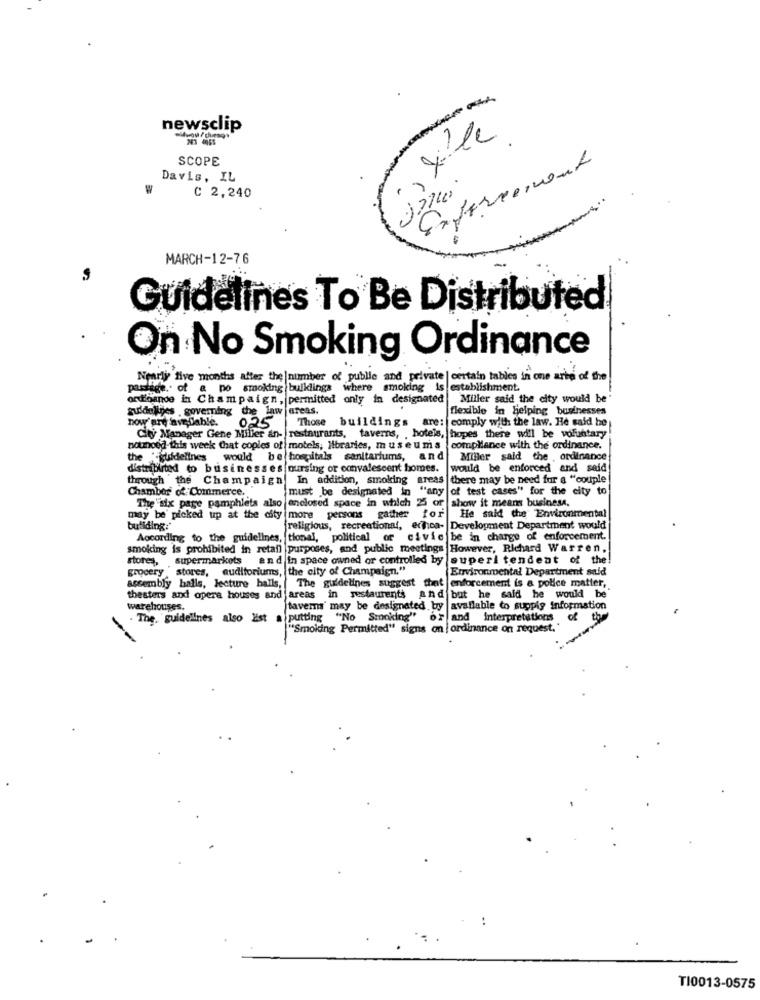
-
newsclip
243 4065
SCOPE
Enforcement
Davis, IL
C 2,240
MARCH-12-76
Guidelines To Be Distributed
On No Smoking Ordinance
Nearly five months after the number of public and private | certain tables in one arbe of the
pastige. of a po smoking bulklings
where smoking is
establishment.
ordinance in Champaign, permitted
only in designated Miller said the city would be
guidelines . governing the law areas.
flexible in Helping businesses
how'are avedlable.
Those buildings
are: comply with the law. He said he
025
City Manager Gene Miller an- restaurants, taverns, , hotels, hopes there will be voluntary
nounced-this week Chat copies of motels, Hbraries, museums
compliance with the ordinance.
the "guidelines would
be hospitals sanitariums, and
Miller said the , ordinance
distribited to businesses nursing or convalescent homes.
would be enforced and said
through the Champaign
In addition, smoking areas
there may be need fur a "couple
Chamber of Commerce.
must be designated in
"any of test cases" for the city to
The"six page pamphlets also enclosed space in which 25 or
show it means business.
may be' picked up at the city more persons gather for
He said the Environmental
buliding:
religious, recreational, echea- Development Department would
According to the guidelines, tional, political or civic be in charge of enforcement.
smoking is prohibited in retail purposes, and public meetings However, Richard Warren,
stores, supermarkets and in space owned or controlled by |superi tendent of the!
grocery stores, auditoriums, the city of Champaign."
Environmental Department said
The guidelines suggest that
enforcement is a police matter,
assembly halls, lecture halls,
thesters and opera houses and areas in restaurants and but he said he would be
warehouses.
taverns' may be designated by available to supply information
. The, guidelines also Est a putting "No Smoking"
or and interpretations of
"Smolding Permitted" signs on | ordinance on request."
:
TI0013-0575